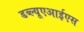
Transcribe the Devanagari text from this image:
डब्ल्यूएआईएस